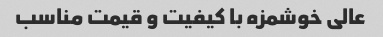
عالی خوشمزه با کیفیت و قیمت مناسب